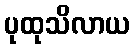
ပုထုသိလာယ